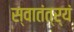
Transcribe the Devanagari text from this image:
स्वातंत्र्यं